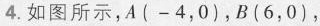
4.如图所示，A(-4，0)，B(6，0)，